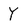
Character: Y